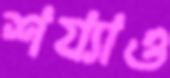
শয্যাও